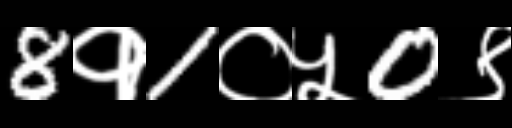
Text: 8१1०५0९